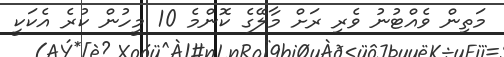
މަތިން ވެއްޓުނު ވެރި ރަށް މާލޭގެ ކޮންމެ 10 މީހުން ކުރެ އެކަކީ